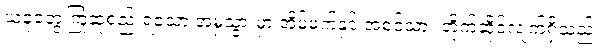
ယခုတွေ့ကြုံဆုံစည်းရသော အမှုသွားမှာ အိမ်မက်နှင့် အစင်သား တိုက်ဆိုင်လျက်ရှိသည်။